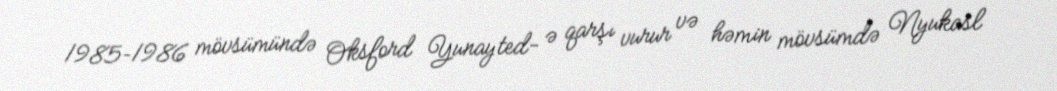
1985–1986 mövsümündə Oksford Yunayted- ə qarşı vurur və həmin mövsümdə Nyukasl